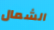
الشمال